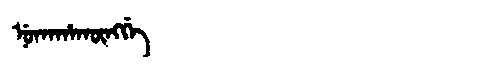
Manchu: ᠨᡠᡴᠠᡥᠠᡴᡡᠩᡤᡝ
Romanization: NUKAHAKŪNGGE